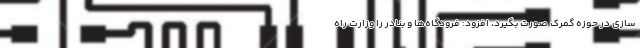
سازی در حوزه گمرک صورت بگیرد، افزود: فرودگاه‌ها و بنادر را وزارت راه